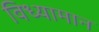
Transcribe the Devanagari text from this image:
विध्यामान